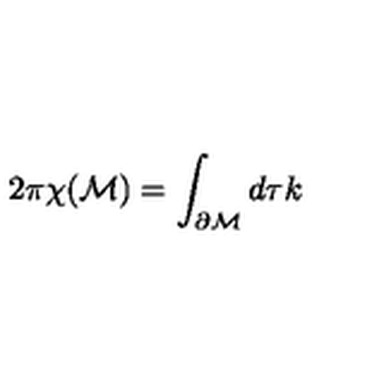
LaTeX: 2 \pi \chi ( \mathcal { M } ) = \int _ { \partial { \cal M } } d \tau k